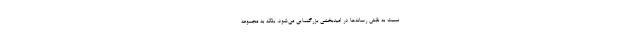
نسبت به نقش رسانه‌ها در امیدبخشی بزرگنمایی می‌شود، بلکه به مجموعه